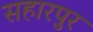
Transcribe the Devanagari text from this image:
सहारपुर